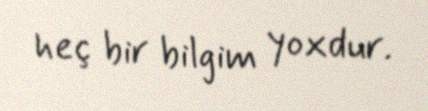
heç bir bilgim yoxdur.